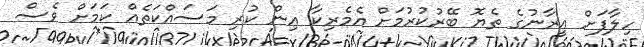
ހިލާފަށް އީރާނުގެ ތެޔޮ ބޭރުކުރުމަށް އެމެރިކާ އިން ކުރި މަސައްކަތެއް ކަމަށް ވެސް